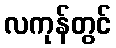
လကုန်တွင်